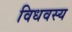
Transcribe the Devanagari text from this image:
विधवस्य